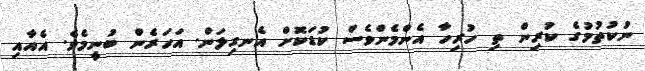
ނުކުތުމުގެ ކުރިން ތި ހުރިހާ އެންމެންވެސް ކުޑަކޮށް އެނގިލަން. އަހަރެން ބުނީމެވެ. އެއާއި